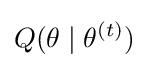
Q(\theta \mid \theta ^{(t)})